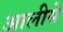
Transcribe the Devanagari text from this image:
आलीसे